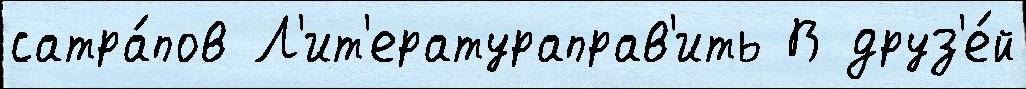
сатра́пов Л'ит'ератураправ'ить В друз'е́й